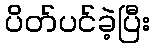
ပိတ်ပင်ခဲ့ပြီး